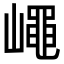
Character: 𡽑